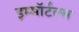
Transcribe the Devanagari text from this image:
इम्मॉर्टल्स